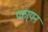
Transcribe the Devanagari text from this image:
प्रका्यन